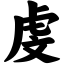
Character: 虔